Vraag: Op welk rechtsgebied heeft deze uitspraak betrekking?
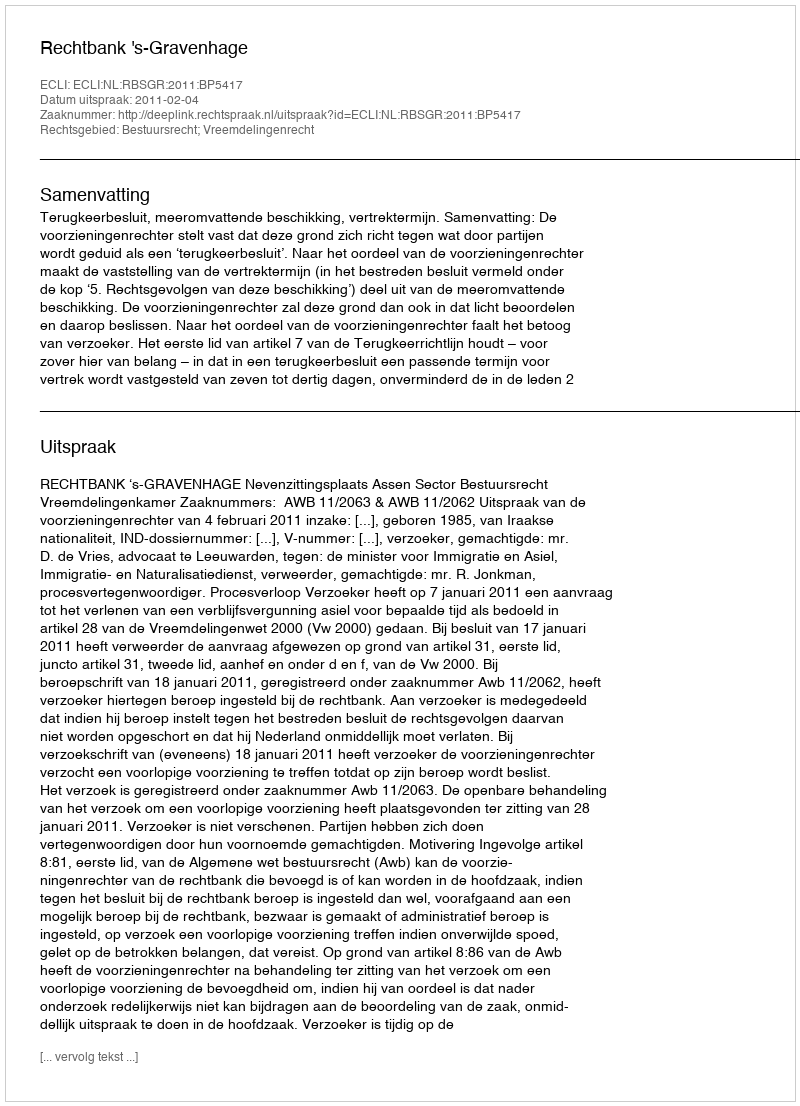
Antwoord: Bestuursrecht; Vreemdelingenrecht